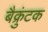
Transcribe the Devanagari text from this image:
बैक्रुंटक